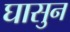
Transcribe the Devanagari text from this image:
घासुन